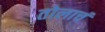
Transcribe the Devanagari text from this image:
तोलाचं